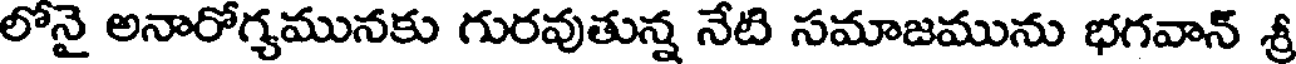
లోనై అనారోగ్యమునకు గురవుతున్న నేటి సమాజమును భగవాన్ శ్ర